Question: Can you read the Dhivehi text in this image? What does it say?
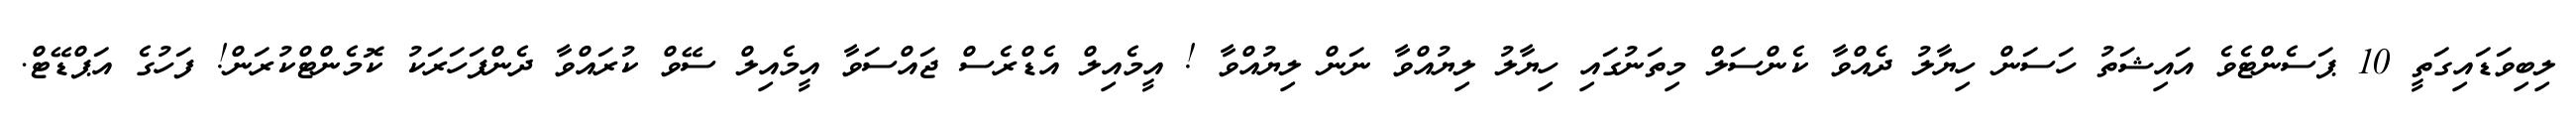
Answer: ލިބިވަޑައިގަތީ 10 ޕަސެންޓެވެ އައިޝަތު ހަސަން ހިޔާލު ދެއްވާ ކެންސަލް މިތަނުގައި ހިޔާލު ލިޔުއްވާ ނަން ލިޔުއްވާ ! އީމެއިލް އެޑްރެސް ޖައްސަވާ އީމެއިލް ސޭވް ކުރައްވާ ދެންފަހަރަކު ކޮމެންޓްކުރަން! ފަހުގެ އަޕްޑޭޓް.